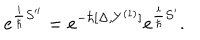
LaTeX: e ^ { { \frac { i } { \hbar } } S ^ { \prime \prime } } = e ^ { - \hbar [ \Delta , Y ^ { ( 1 ) } ] } e ^ { { \frac { i } { \hbar } } S ^ { \prime } } .